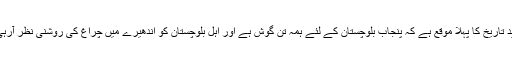
یہ شاید تاریخ کا پہلا موقع ہے کہ پنجاب بلوچستان کے لئے ہمہ تن گوش ہے اور اہل بلوچستان کو اندھیرے میں چراغ کی روشنی نظر آرہی ہے۔